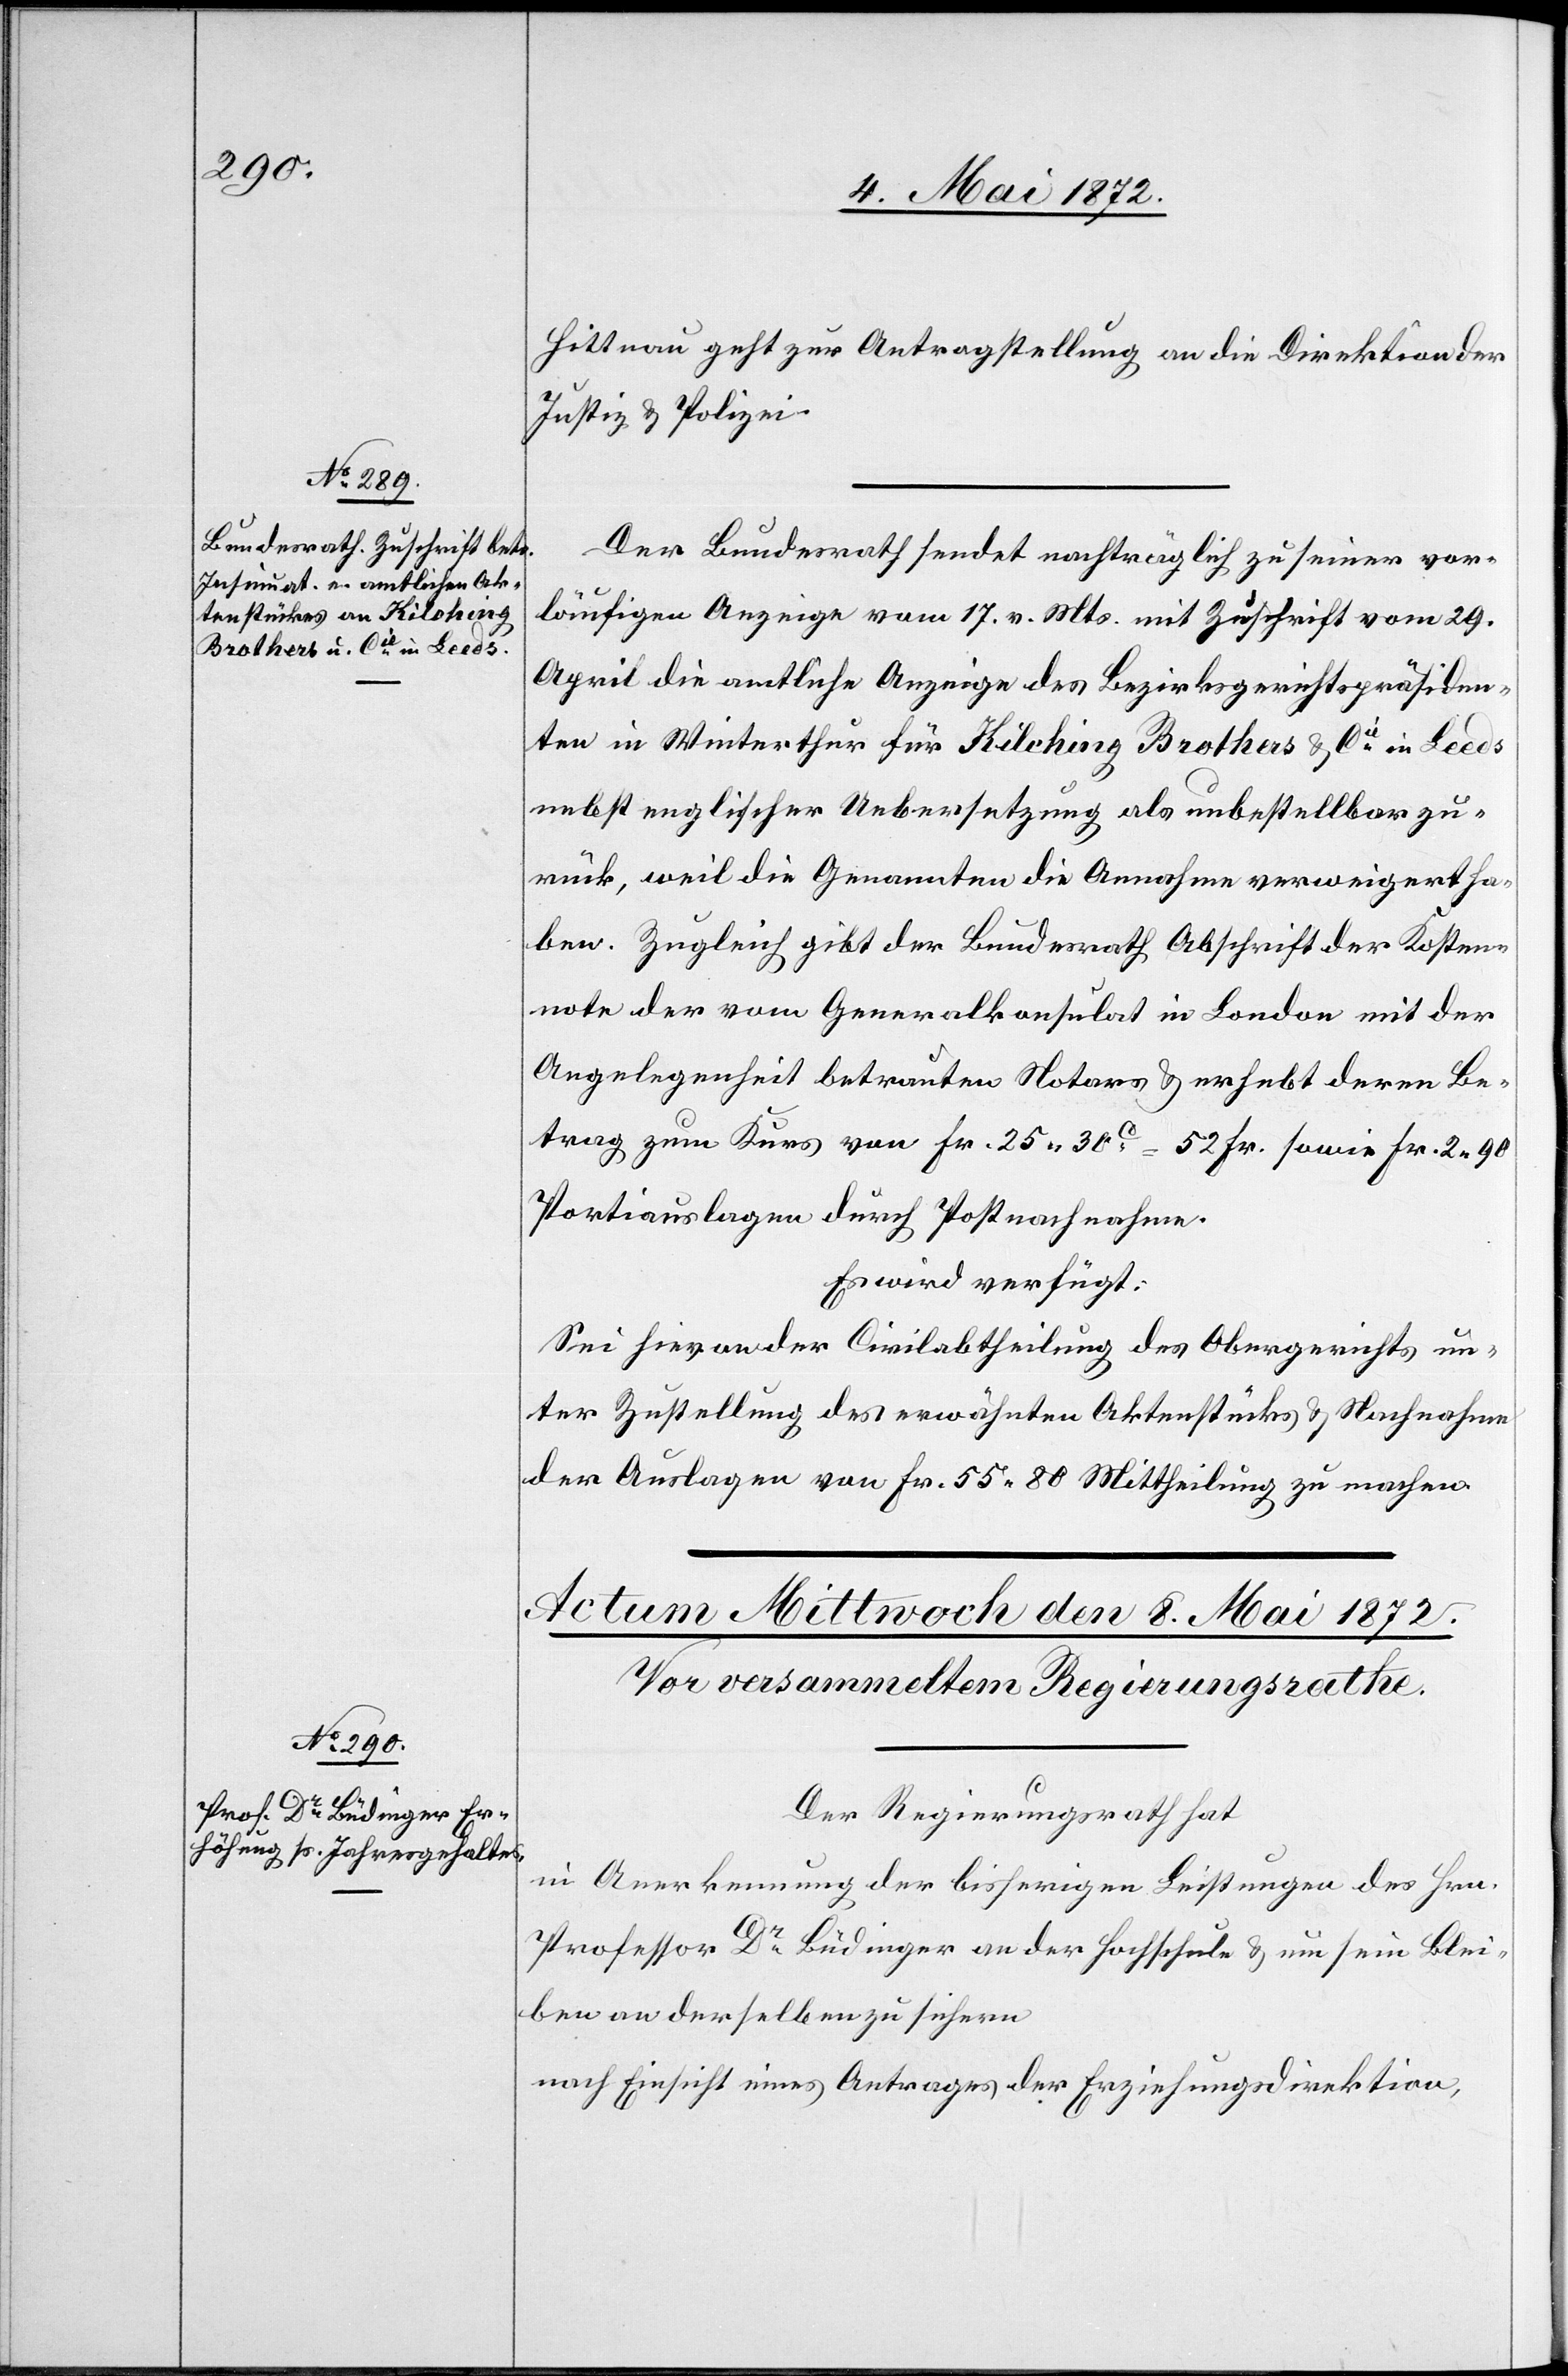
7. Mai 1872.]
Hittnau geht zur Antragstellung an die Direktion der
Justiz u. Polizei.
Der Bundesrath sendet nachträglich zu seiner vor¬
läufigen Anzeige vom 17. v. Mts. mit Zuschrift vom 29.
April die amtliche Anzeige des Bezirksgerichtspräsiden¬
ten in Winterthur für Kilching Brothers u. Cie in Leeds
nebst englischer Uebersetzung als unbestellbar zu¬
rück, weil die Genannten die Annahme verweigert ha¬
ben. Zugleich gibt der Bundesrath Abschrift der Kosten¬
note der vom Generalkonsulat in London mit der
Angelegenheit betrauten Notars u. erhebt deren Be¬
trag zum Kurs von Fr. 25 30c = 52 Fr. sowie Fr. 2 90
Portiauslagen durch Postnachnahme.
Es wird verfügt:
Sei hievon der Civilabtheilung des Obergerichts un¬
ter Zustellung des erwähnten Aktenstückes u. Nachnahme
der Auslagen von Fr. 55 80 Mittheilung zu machen.
Der Regierungsrath hat
in Anerkennung der bisherigen Leistungen des Hrn.
Professor Dr. Büdinger an der Hochschule u. um sein Blei¬
ben an derselben zu sichern
nach Einsicht eines Antrages der Erziehungsdirektion,